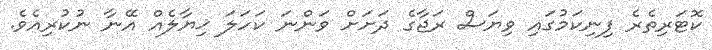
ކޮޓަރިތެރެ ފިނިކަމުގައި ވިޔަސް ރަޖާގެ ދަށަށް ވަންނަ ކަހަލަ ޚިޔާލެއް އޭނާ ނުކުރިއެވެ.